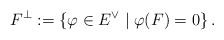
\begin{align*}F^{\perp}:=\left\lbrace \varphi \in E^{\vee} \mid \varphi(F)=0\right\rbrace.\end{align*}